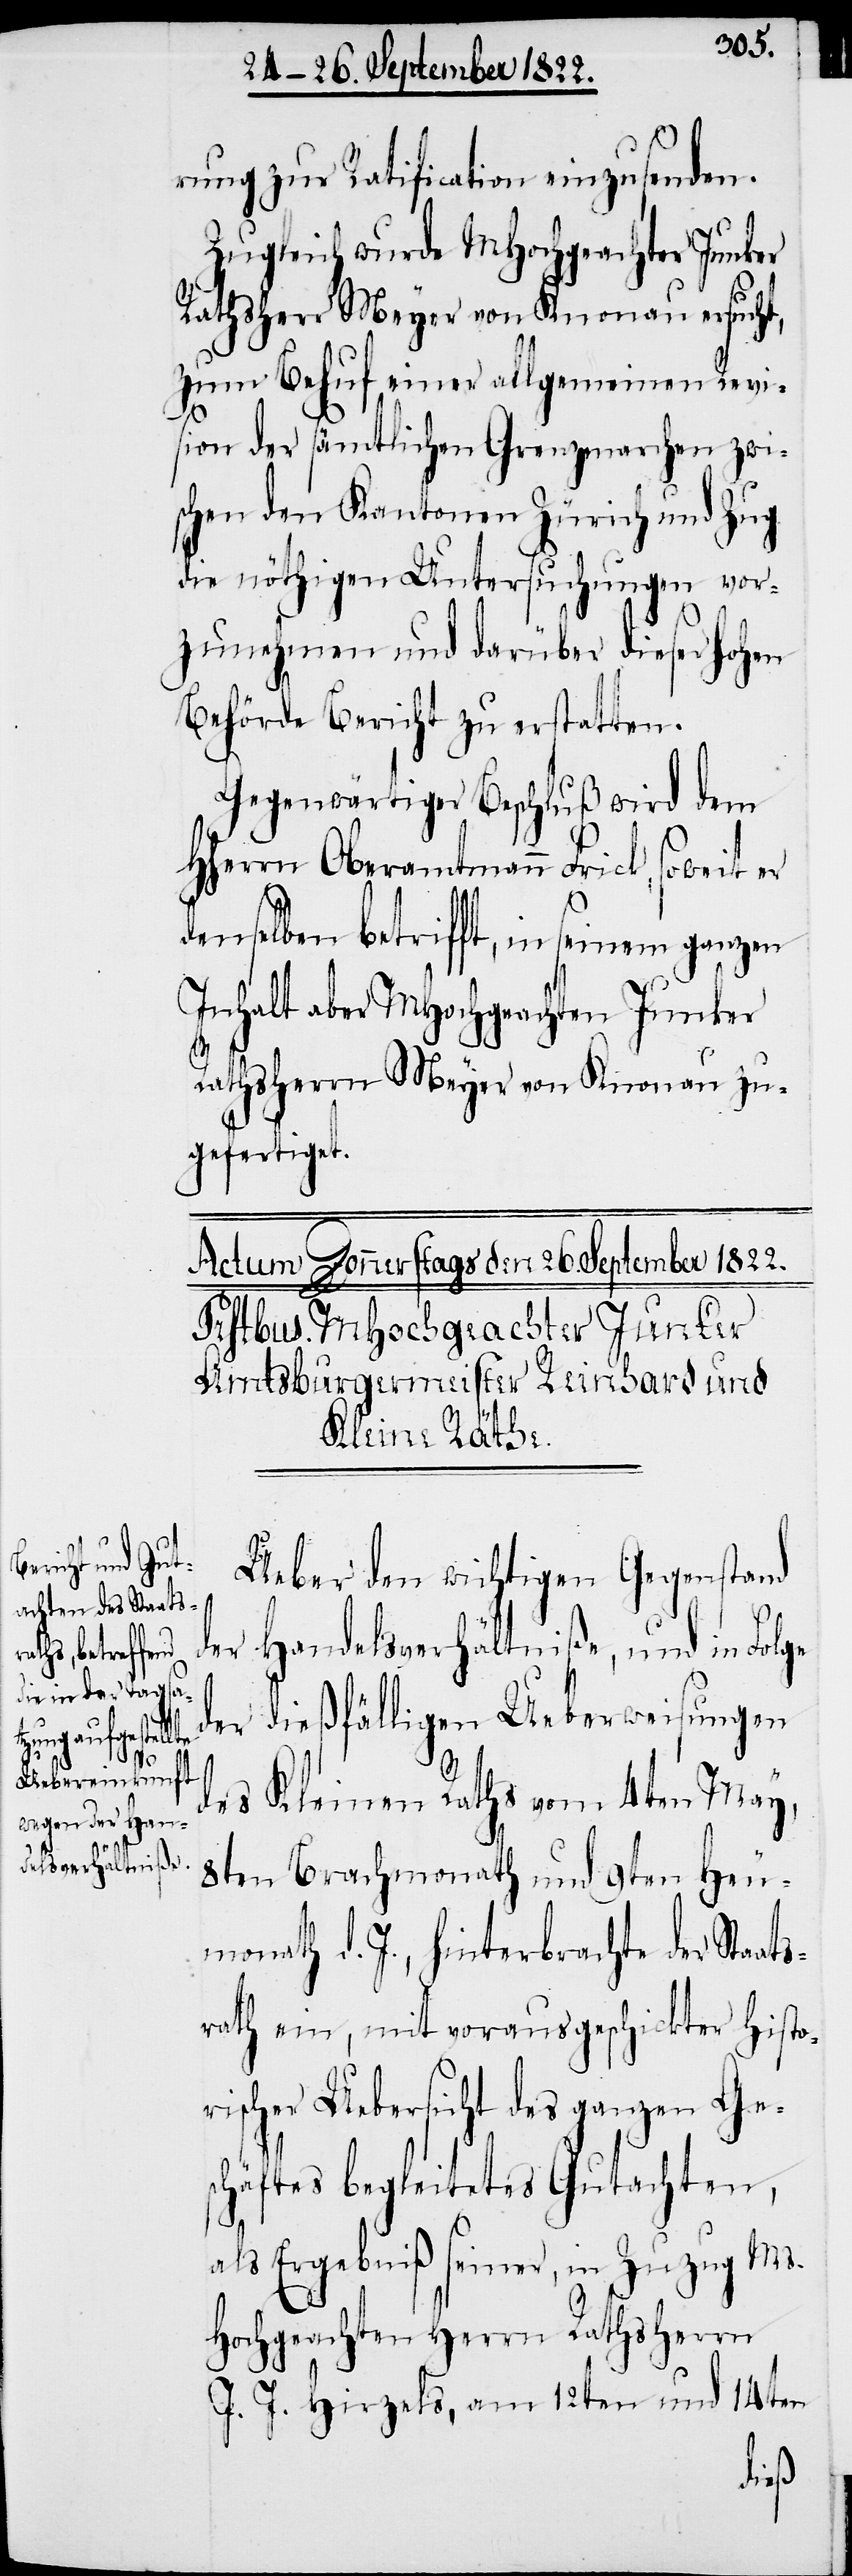
rung zur Ratification einzusenden.
Zugleich wurde MHochgeachter Junker
Rathsherr Meyer von Knonau ersucht,
zum Behuf, einer allgemeinen Revi¬
sion der sämtlichen Grenzmarchen zwi¬
schen den Kantonen Zürich und Zug
die nöthigen Untersuchungen vor¬
zunehmen und darüber dieser Hohen
Behörde Bericht zu erstatten.
Gegenwärtiger Beschluß wird dem
HHerrn Oberamtmann Frick, soweit er
denselben betrifft, in seinem ganzen
Inhalt aber MHochgeachten Junker
Rathsherrn Meyer von Knonau zu¬
gefertigt.
Ueber den wichtigen Gegenstand
der
Handelsverhältniße, und in Folge
die dießfälligen Ueberweisungen
des Kleinen Raths vom 4ten May,
s¬
8ten Brachmonath und 9ten Heu¬
monath d. J., hinterbrachte der Staat¬
rath ein, mit vorausgeschickter histo¬
rischer Uebersicht des ganzen Ges¬
chäftes begleitetes Gutachten,
als Ergebniß seiner, in Zuzug Ms.
Hochgeachten Herrn Rathsherrn
J. J. Hirzels, am 12ten und 14ten